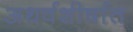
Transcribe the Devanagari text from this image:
अथर्वशीर्षात